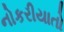
નોકરીયાતો